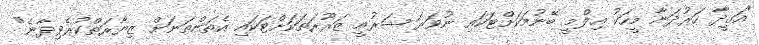
"އަގީދާ ހަރުދަނާ މީހަކު އިލްމީ ބޭނުމަކަށްޓަކައި ނުވަރަ ޝަރުއީ ޒަރޫރަތަކަށްޓަކައި އެތަންތަނަށް ޒިޔާރަތްކުރެވިދާނެ"